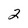
Character: 2